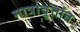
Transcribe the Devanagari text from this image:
मात्रावृत्तांत